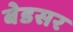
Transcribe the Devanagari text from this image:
बेडसर